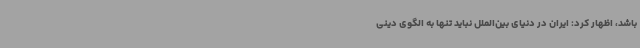
باشد، اظهار کرد: ایران در دنیای بین‌الملل نباید تنها به الگوی دینی